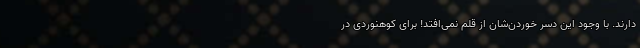
دارند. با وجود این دسر خوردن‌شان از قلم نمی‌افتد! برای کوهنوردی در